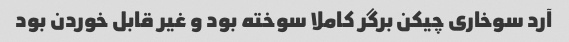
آرد سوخاری چیکن برگر کاملا سوخته بود و غیر قابل خوردن بود